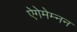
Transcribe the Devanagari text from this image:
ऐगेमेम्नन